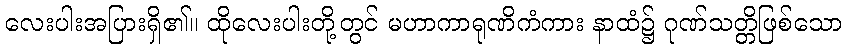
လေးပါးအပြားရှိ၏။ ထိုလေးပါးတို့တွင် မဟာကာရုဏိကံကား နာထံ၌ ဂုဏ်သတ္တိဖြစ်သော